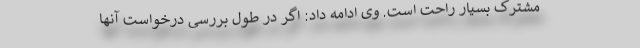
مشترک بسیار راحت است. وی ادامه داد: اگر در طول بررسی درخواست آنها